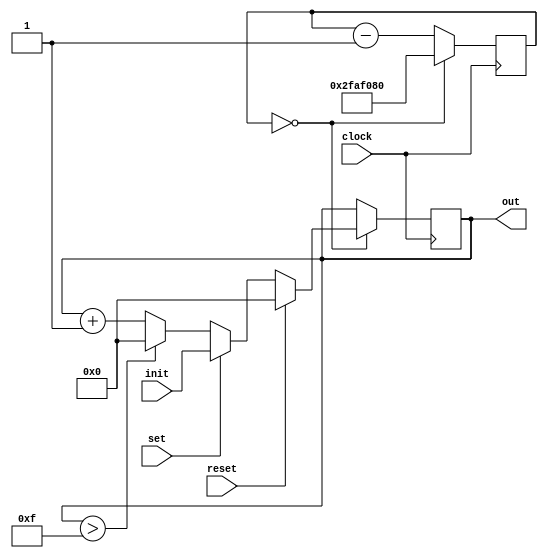
`timescale 1 ns/10 ps

module counter(
	input wire set, reset,
	input wire[3:0] init,
	input wire clock,
	output wire[3:0] out
);

reg [3:0] count;					// count will store the current number to be displayed
reg [25:0] counter=50_000_000;	    // A counter to keep track of one second time

always @(posedge clock)

if (counter == 0) 
	begin
		counter <= 50_000_000;			

		if (reset) begin			// Reset starts counting from zero
			count <=4'b0;
		end 
		
		else if (set) begin			// Set begins counting from init
			count <= init;
		end 
		
		else begin
			count <= count+1;		
			if (count>4'b1111) begin
				count<=4'b0;
			end
		end
	end

else 
	begin
		counter <= counter - 1;	
	end	


assign out=count;					// Assigning the output

endmodule